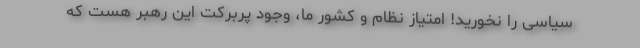
سیاسی را نخورید! امتیاز نظام و کشور ما، وجود پربرکت این رهبر هست که